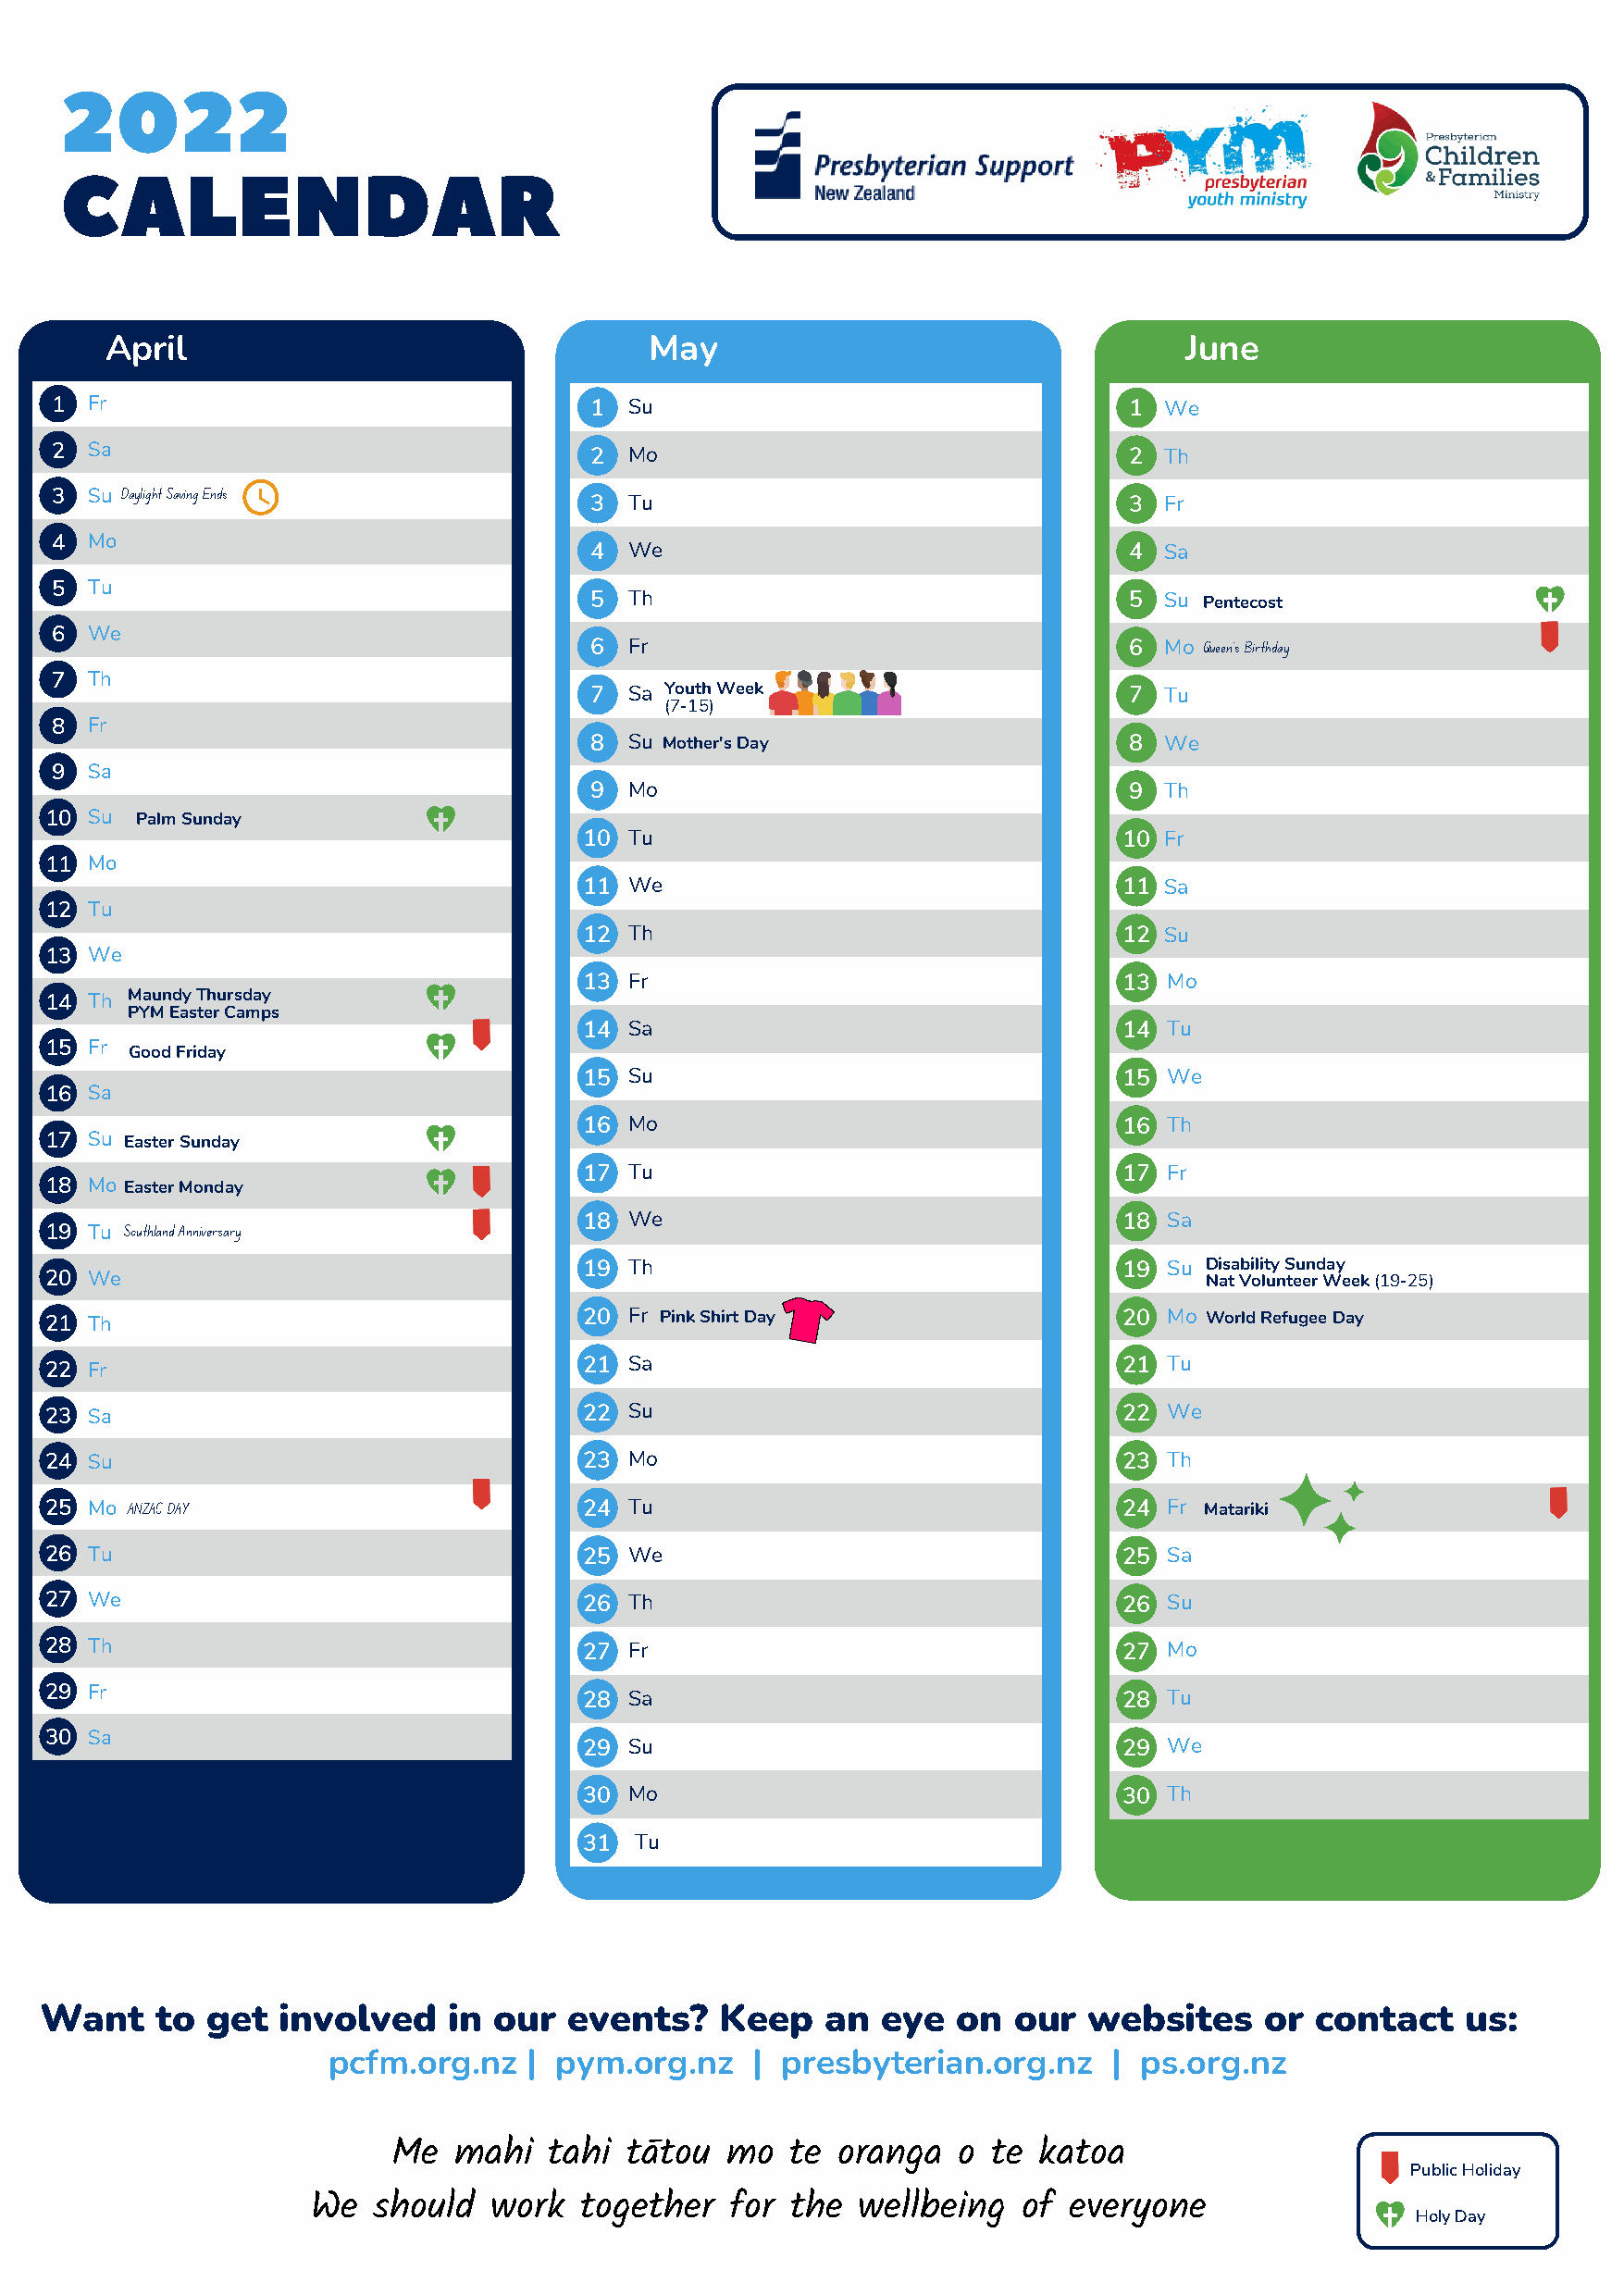
2022
 CALENDAR
 April                                 May                                    June
 1 Fr                                  1  Su                                  1 We
 2 Sa                                  2  Mo                                  2 Th
 3 Su Daylight Saving Ends             3  Tu                                  3 Fr
 4 Mo
 4  We                                  4 Sa
 5 Tu
 5  Th                                  5 Su Pentecost
 6 We
 6  Fr                                  6 Mo Queen's Birthday
 7 Th
 7  Sa Youth Week                       7 Tu
 (7-15)
 8 Fr
 8  Su Mother's Day                     8 We
 9 Sa
 9  Mo                                  9 Th
 10 Su  Palm Sunday
 10 Tu                                 10 Fr
 11 Mo
 11 We                                 11 Sa
 12 Tu
 12 Th                                 12 Su
 13 We
 13 Fr                                 13 Mo
 14 Th Maundy Thursday
 PYM Easter Camps
 14 Sa                                 14 Tu
 15 Fr Good Friday
 15 Su                                 15 We
 16 Sa
 16 Mo                                 16 Th
 17 Su Easter Sunday
 17 Tu                                 17 Fr
 18 Mo Easter Monday
 18 We                                 18 Sa
 19 Tu Southland Anniversary
 19 Th                                 19 Su Disability Sunday
 20 We                                                                              Nat Volunteer Week (19-25)
 21 Th                                  20 Fr Pink Shirt Day                  20 Mo World Refugee Day
 22 Fr                                  21 Sa                                 21 Tu
 23 Sa                                  22 Su                                 22 We
 24 Su                                  23 Mo                                 23 Th
 25 Mo ANZAC DAY                        24 Tu                                 24 Fr Matariki
 26 Tu                                  25 We                                 25 Sa
 27 We                                  26 Th                                 26 Su
 28 Th                                  27 Fr                                 27 Mo
 29 Fr                                  28 Sa                                 28 Tu
 30 Sa
 29 Su                                 29 We
 30 Mo                                 30 Th
 31 Tu
 Want    to  get  involved    in our   events?   Keep    an  eye  on  our   websites    or  contact    us:
 pcfm.org.nz   | pym.org.nz    | presbyterian.org.nz     | ps.org.nz
 Me   mahi  tahi  tātou  mo   te oranga   o te katoa
 Public Holiday
 We   should  work   together  for  the wellbeing   of everyone
 Holy Day